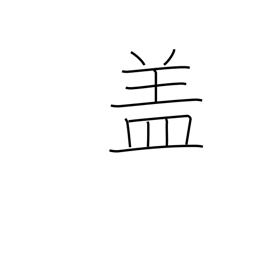
Meaning: lid